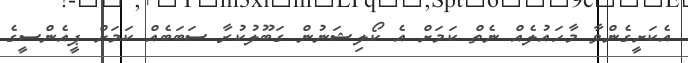
އެކަށީގެންވާ މާހައުލެއް ނެތް ކަމަށް އެ ކޯލިޝަނުން ގަބޫލުކުރާ ސަބަބެއް ކަމަށް ޕީއެންސީގެ